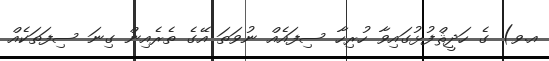
އ.ވ) ގެ ހަދީޘްފުޅުގައިވާ ހުރިހާ ސިފައެއް ނުވަތަ އޭގެ ތެރެއިން ގިނަ ސިފަތަކެއް